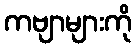
ကဗျာများကို